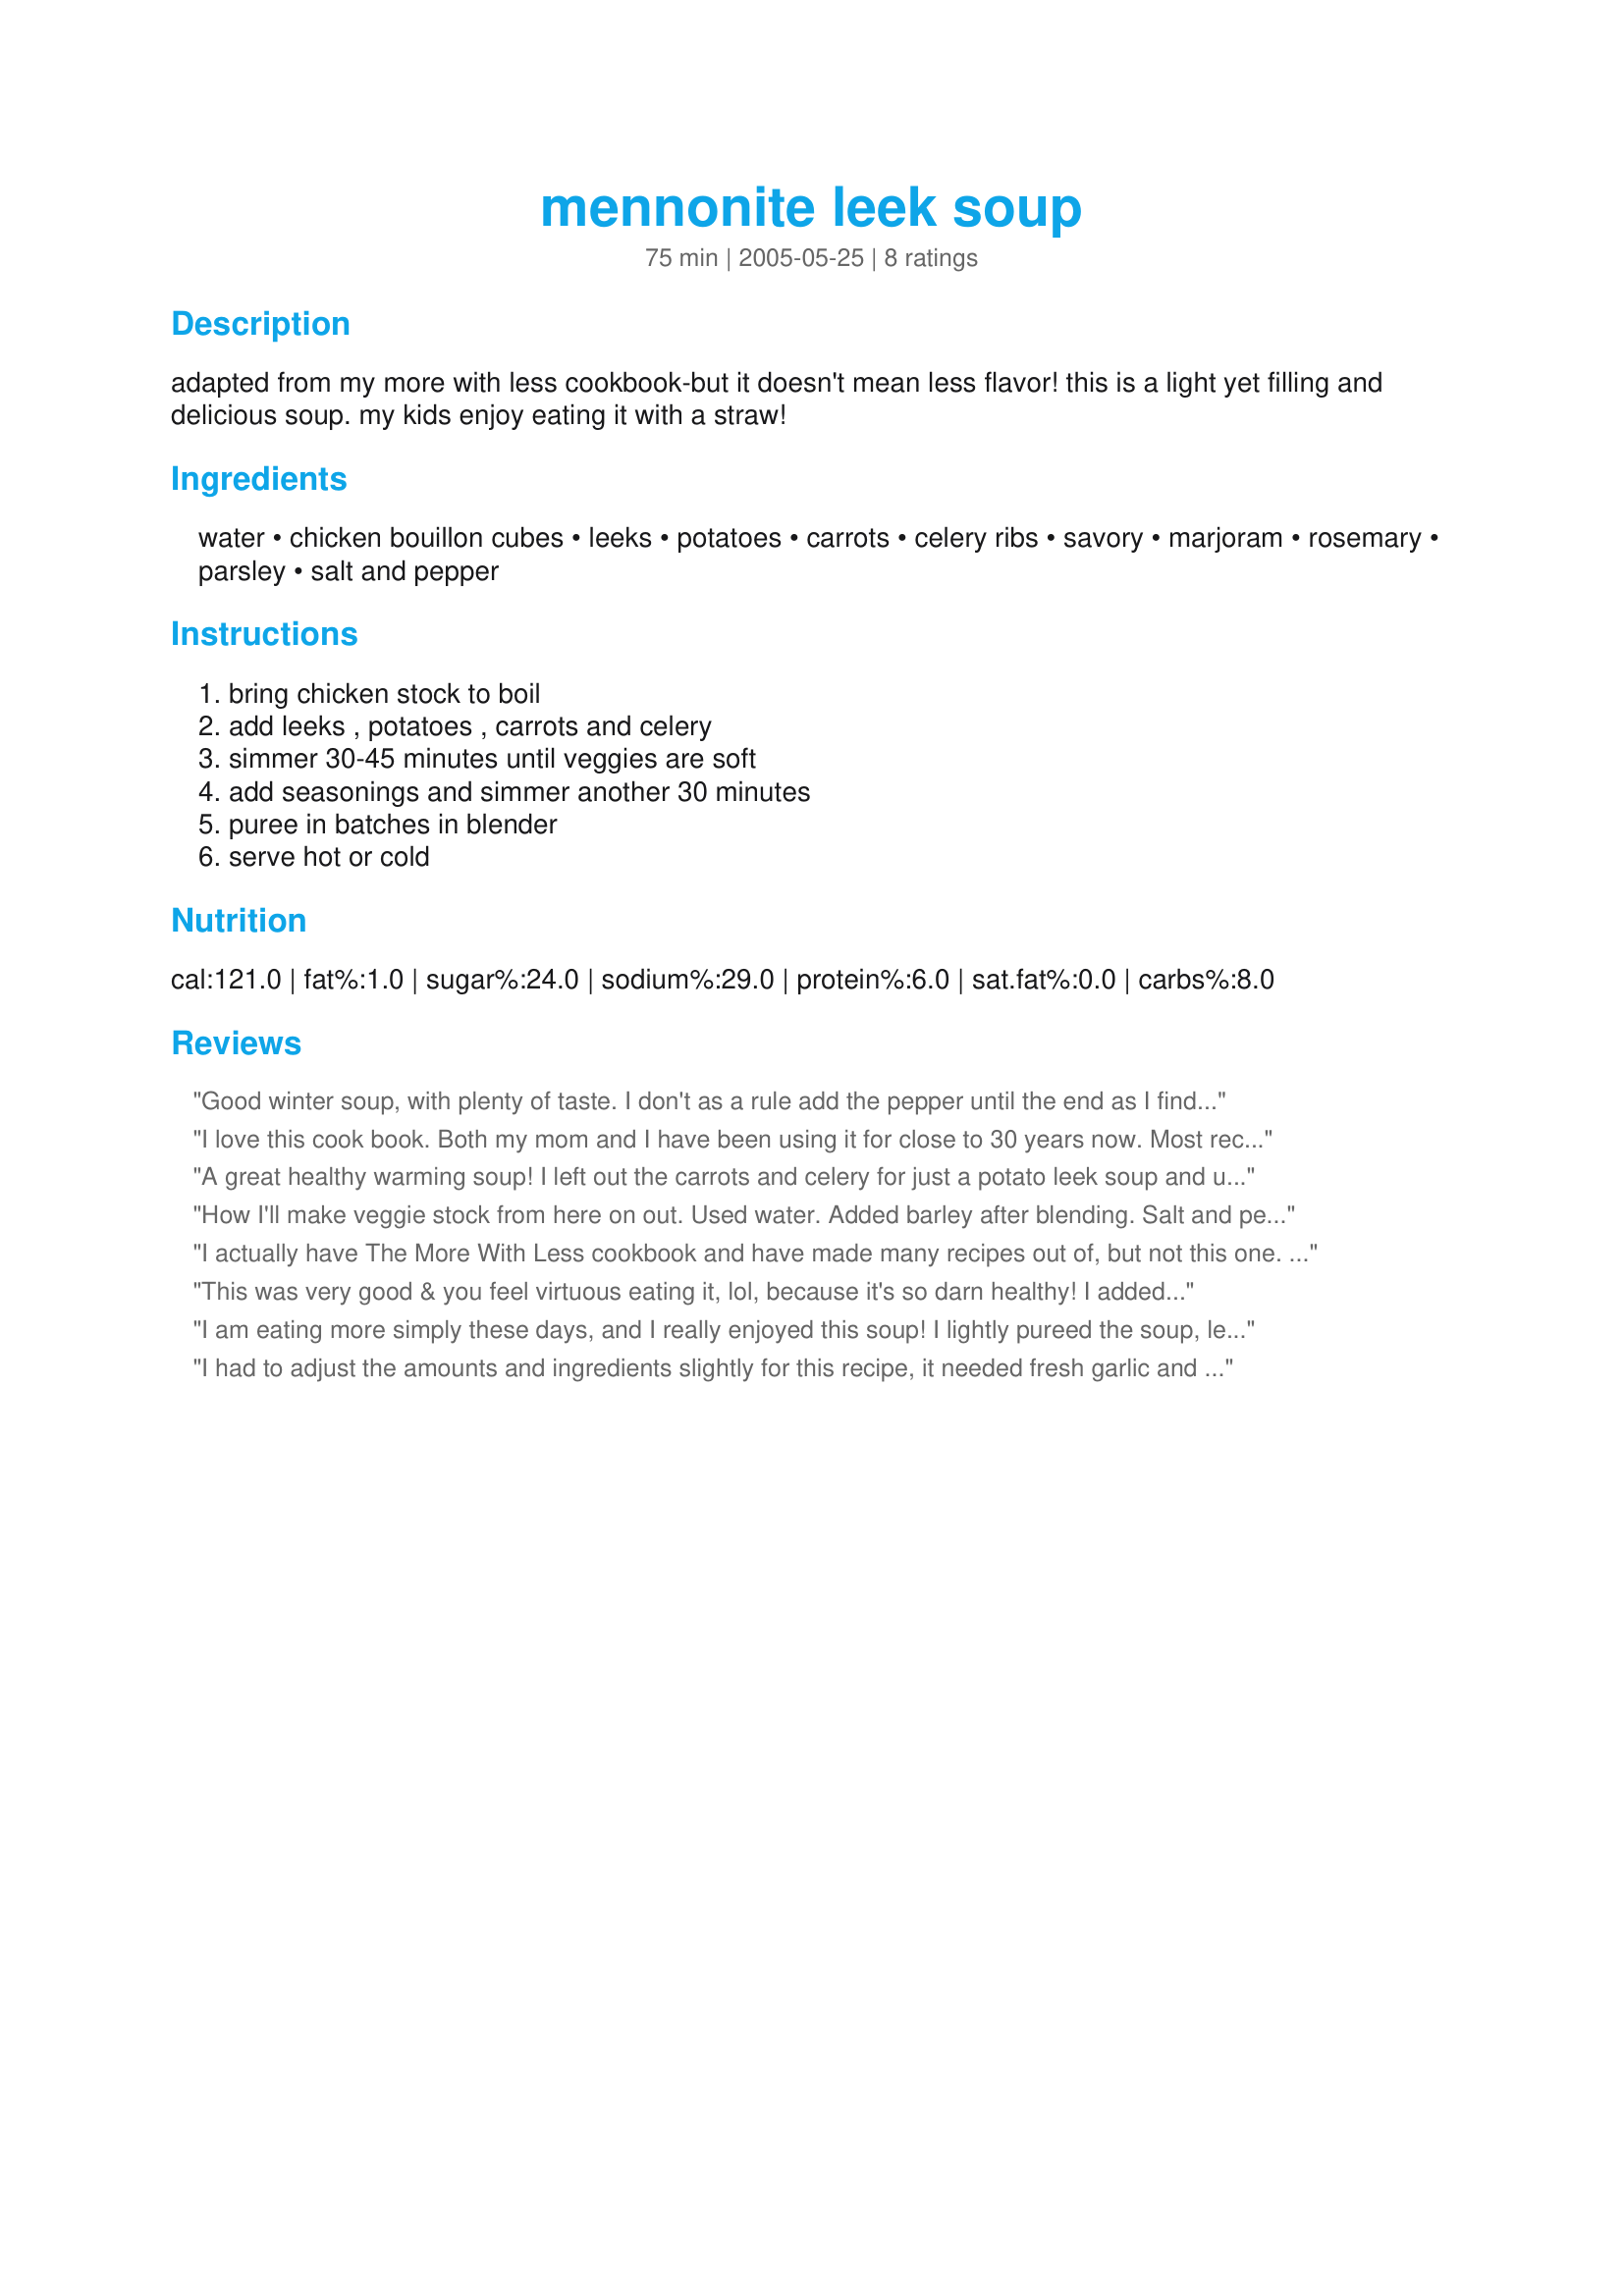
mennonite leek soup
Preparation time: 75 minutes

adapted from my more with less cookbook-but it doesn't mean less flavor! this is a light yet filling and delicious soup. my kids enjoy eating it with a straw!

Ingredients:
water, chicken bouillon cubes, leeks, potatoes, carrots, celery ribs, savory, marjoram, rosemary, parsley, salt and pepper

Steps:
bring chicken stock to boil, add leeks , potatoes , carrots and celery, simmer 30-45 minutes until veggies are soft, add seasonings and simmer another 30 minutes, puree in batches in blender, serve hot or cold

Reviews:
Good winter soup, with plenty of taste. I don't as a rule add the pepper until the end as I find pepper corn can make the soup bitter. That was the only change I made, and it was wonderful! Thank you for sharing this soup recipe with us!
I love this cook book. Both my mom and I have been using it for close to 30 years now. Most recipes are very inexpensive, healthy and good for the environment.
A great healthy warming soup! I left out the carrots and celery for just a potato leek soup and used FF chicken broth instead of water, it tasted wonderful. Thanks for this winner Kaarin.
How I'll make veggie stock from here on out. Used water. Added barley after blending. Salt and pepper well. Yum!
I actually have The More With Less cookbook and have made many recipes out of, but not this one. I love cream soups, especially ones that don't call for cream. I didn't have the savory on hand so had to leave it out and I used home made stock instead of cubes only because I had it in the freezer. It was was very tasty. :)
This was very good & you feel virtuous eating it, lol, because it's so darn healthy! I added everything at once, cooked, then pureed w/my trusty immersion blender. I used 'Better Than Bouillon' instead of stock (homemade or canned), cubes or nothing. I didn't add more salt. I was initially expecting a potato leek soup but it's more of a vegetable soup that is pureed. I'm not big on the texture of pureed potatoes - I keep my potato soup chunky. But that's a personal preference - this is a lovely, healthy soup! Thank you, Kaarin!
I am eating more simply these days, and I really enjoyed this soup! I lightly pureed the soup, leaving chunks of vegetables. I used vegetable bouillion in place of chicken and fresh parsley.Thanks!
I had to adjust the amounts and ingredients slightly for this recipe, it needed fresh garlic and I used half homemade chicken broth and half water and omitted the bouillon cubes, the taste of the spices mix well with the soup, thanks for sharing Kaarin!...Kitten:)
